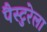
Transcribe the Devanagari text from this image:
पैस्टुरेला